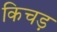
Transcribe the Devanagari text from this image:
किचड़